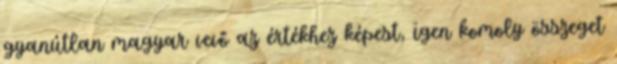
gyanútlan magyar vevő az értékhez képest, igen komoly összeget